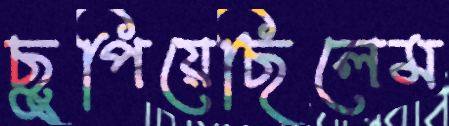
ছুপিয়েছিলেম